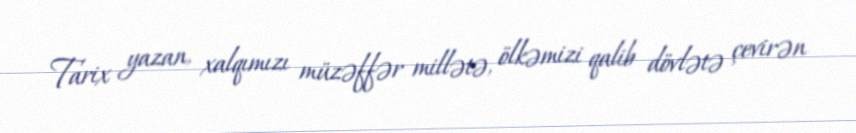
Tarix yazan, xalqımızı müzəffər millətə, ölkəmizi qalib dövlətə çevirən